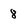
Character: 8